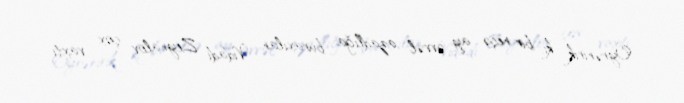
Öyrənirik ki, bir neçə ay əvvəl azadlığa buraxılan Vidadi Zeynalov çox vaxtı